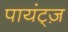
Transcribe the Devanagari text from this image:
पायंट्ज़